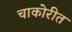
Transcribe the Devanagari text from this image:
चाकोरीत